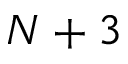
N + 3